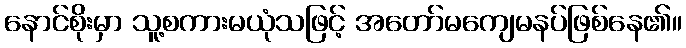
နောင်စိုးမှာ သူ့စကားမယုံသဖြင့် အတော်မကျေမနပ်ဖြစ်နေ၏။